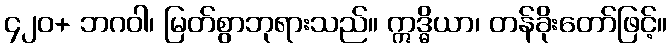
၄၂၀+ ဘဂဝါ၊ မြတ်စွာဘုရားသည်။ ဣဒ္ဓိယာ၊ တန်ခိုးတော်ဖြင့်။